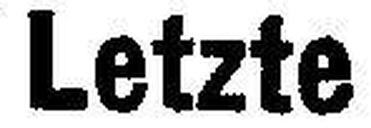
Letzte